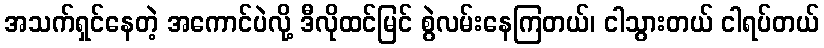
အသက်ရှင်နေတဲ့ အကောင်ပဲလို့ ဒီလိုထင်မြင် စွဲလမ်းနေကြတယ်၊ ငါသွားတယ် ငါရပ်တယ်